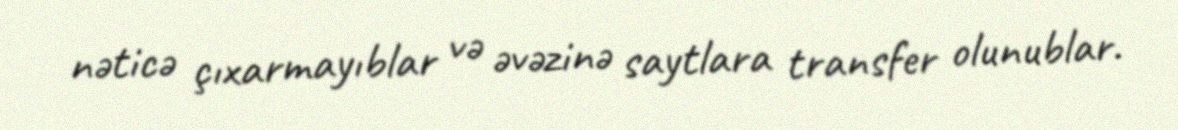
nəticə çıxarmayıblar və əvəzinə saytlara transfer olunublar.